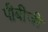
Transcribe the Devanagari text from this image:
पीबीजी